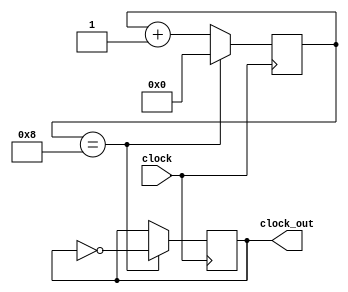
// Se encarga de realizar el divisor de reloj generando un reloj de menor 
// frecuencia especificamente la reduce 

module frec_divider(
    input clock,
    output reg clock_out
    );
//(69*(2*(8+1)/(50*10^6)))^(-1) ---> Fs ~40.3[kHz]
//counter--->8 Reemplazar ese numero para otras Fs

reg [15:0]contador=0; // Contador que va de 0 a 2^15
initial begin
	clock_out<=0;	// Inicializa la salida como 0
end

always@(posedge clock)			// En cada bajada del reloj de entrada
begin
	if(contador==16'd8) begin	// Si el contador es igual a 8 en hexagesimal
		contador<=16'd0;			// Se reinicia el contador a 0 en hexagesimal
		clock_out<=~clock_out;  // Si estaba en 0 sube a 1 y si estaba en 1 baja a 0
	end
	else begin						
		contador<=contador+1;	// si no ocurre lo anterior el contador aumenta en 1
	end
end

endmodule